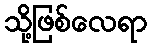
သို့ဖြစ်လေရာ